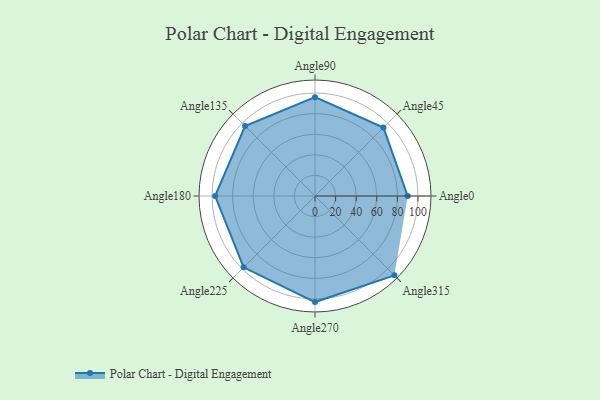
{"axis": {"x": "Angle", "y": "Radius"}, "legend": [""], "data": [{"x": "Angle0", "y": 90.0, "type": ""}, {"x": "Angle45", "y": 94.0, "type": ""}, {"x": "Angle90", "y": 96.0, "type": ""}, {"x": "Angle135", "y": 96.0, "type": ""}, {"x": "Angle180", "y": 97.0, "type": ""}, {"x": "Angle225", "y": 98.0, "type": ""}, {"x": "Angle270", "y": 103.0, "type": ""}, {"x": "Angle315", "y": 109.0, "type": ""}]}